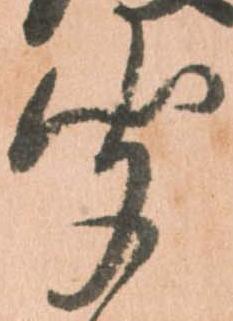
聞